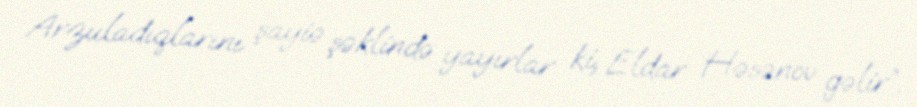
Arzuladıqlarını şayiə şəklində yayırlar ki, Eldar Həsənov gəlir”.